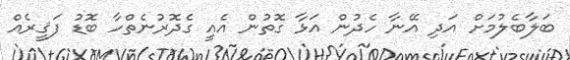
ބަލާބެލުމަށް އަދި އޭނާ ހެދުން އަޅާ ގޮތުން އެއީ ގެދޮރުނެތްހާ ބޮޑު ފަޤީރެއް